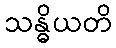
သန္ဓိယတိ